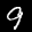
Label: 9